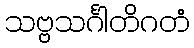
သဗ္ဗသင်္ဂါတိဂတံ